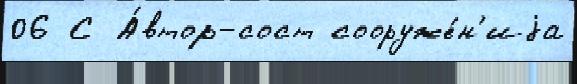
06 С А́втор-сост сооруже́н'иjа